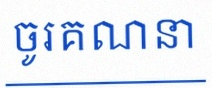
ចូរគណនា